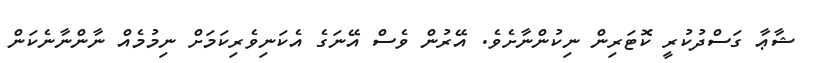
ޝާޢާ ގަސްދުކުރީ ކޮޓަރިން ނިކުންނާށެވެ. އޭރުން ވެސް އޭނަގެ އެކަނިވެރިކަމަށް ނިމުމެއް ނާންނާނެކަން